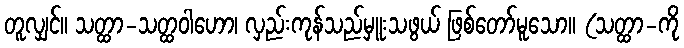
တူလျှင်။ သတ္ထာ-သတ္ထဝါဟော၊ လှည်းကုန်သည်မှူးသဖွယ် ဖြစ်တော်မူသော။ (သတ္ထာ-ကို